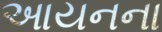
આયનના